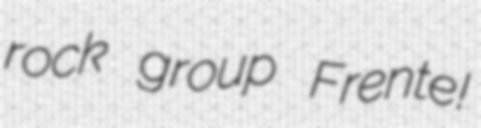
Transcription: rock group Frente!